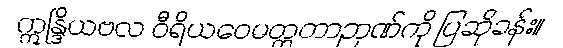
ဣန္ဒြိယဗလ ဝီရိယဝေမတ္တတာဉာဏ်ကို ပြဆိုခန်း။